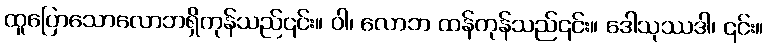
ထူပြောသောလောဘရှိကုန်သည်၎င်း။ ဝါ၊ လောဘ ထန်ကုန်သည်၎င်း။ ဒေါသုဿဒါ၊ ၎င်း။